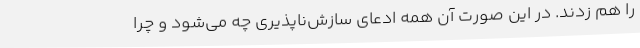
را هم زدند. در این صورت آن همه ادعای سازش‌ناپذیری چه می‌شود و چرا